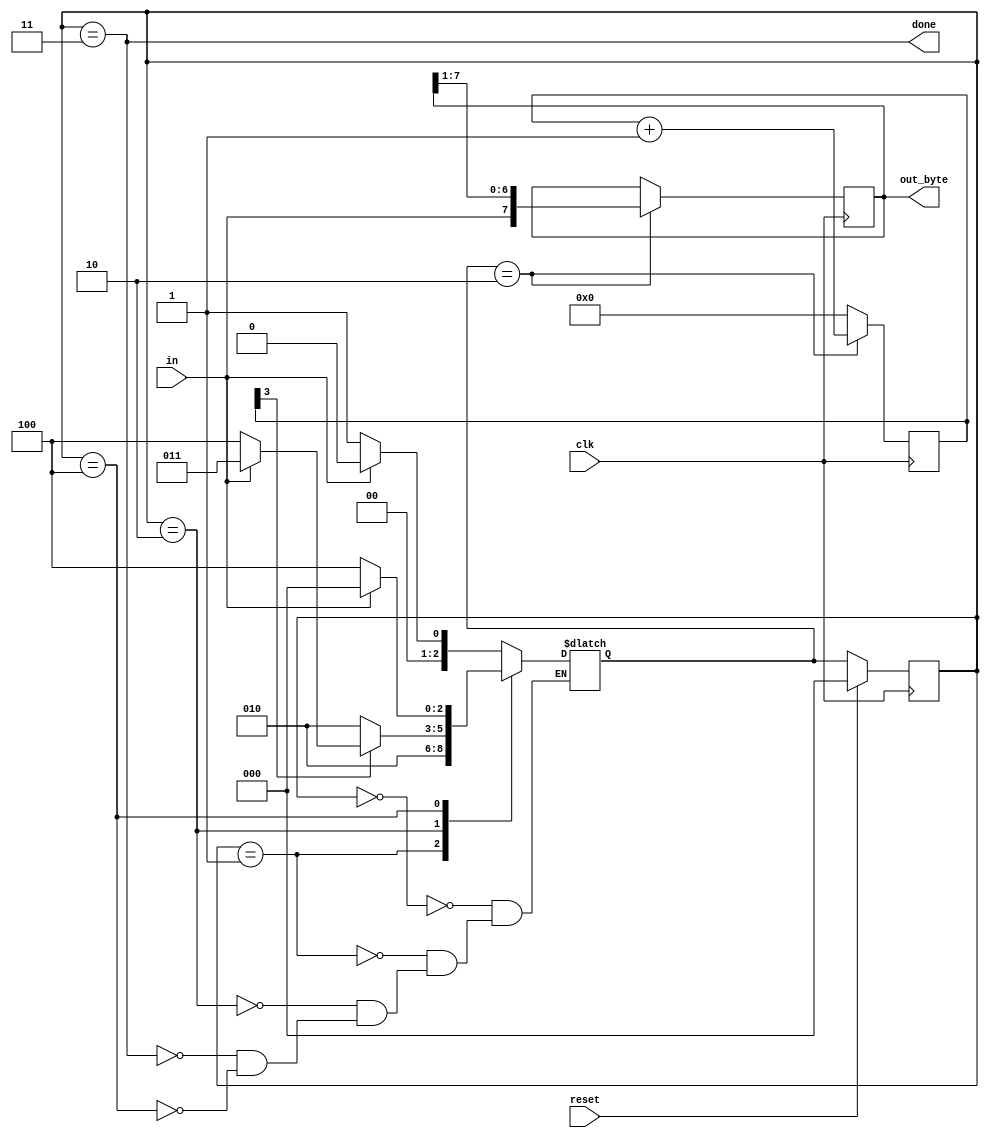
module top_module(
    input clk,
    input in,
    input reset,    // Synchronous reset
    output [7:0] out_byte,
    output done
); //
	parameter idle=3'd0, start=3'd1, data=3'd2, stop=3'd3, err= 3'd4;
    reg [2:0]state, next;
    reg [3:0]dnum;
    always@(posedge clk)begin
        dnum = (next==data)?dnum+1:0;
    end
    // Use FSM from Fsm_serial
    always@(*)begin
        case(state)
            idle  : next = in?idle:start;
            start : next = data;
            data  : next = dnum[3]?(in?stop:err):data;
            stop  : next = in?idle:start;
            err   : next = in?idle:err;
        endcase
    end
    always@(posedge clk)begin
        if(reset) state <= idle;
        else state <= next;
    end
    // New: Datapath to latch input bits.
    assign done = state == stop;
    always@(posedge clk)begin
        out_byte = (next==data)?{in,out_byte[7:1]}:out_byte;
    end
endmodule